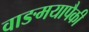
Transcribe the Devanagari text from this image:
वाङमयापैकी